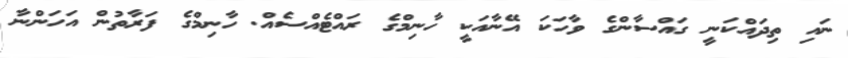
ނައި ތިދައްކަނީ ގައްސާންގެ ވާހަކަ އޭނާއަކީ ހާނިމްގެ ރައްޓެއްސެއް. ހާނިމްގެ ފަރާތުން އަހަންނާ